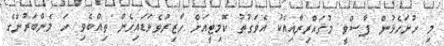
މި ހުށަހެޅުން ފާސްވީ މުޤައްރިރާއިއެކު އެވަގުތު ކޮމިޓީއަށް ހާޒިރުވެވަޑައިގެން ތިއްބެވި ހަ މެންބަރުންގެ